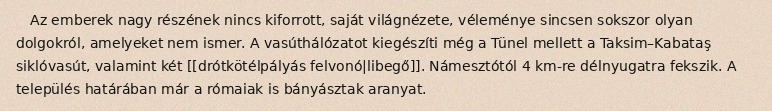
Az emberek nagy részének nincs kiforrott, saját világnézete, véleménye sincsen sokszor olyan dolgokról, amelyeket nem ismer. A vasúthálózatot kiegészíti még a Tünel mellett a Taksim–Kabataş siklóvasút, valamint két [[drótkötélpályás felvonó|libegő]]. Námesztótól 4 km-re délnyugatra fekszik. A település határában már a rómaiak is bányásztak aranyat.